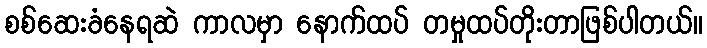
စစ်ဆေးခံနေရဆဲ ကာလမှာ နောက်ထပ် တမှုထပ်တိုးတာဖြစ်ပါတယ်။